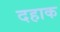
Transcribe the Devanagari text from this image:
दहाक